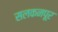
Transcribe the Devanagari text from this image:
सलकनपूर